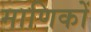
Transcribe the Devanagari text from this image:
माणिकों